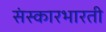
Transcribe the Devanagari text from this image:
संस्कारभारती